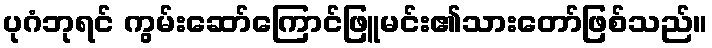
ပုဂံဘုရင် ကွမ်းဆော်ကြောင်ဖြူမင်း၏သားတော်ဖြစ်သည်။